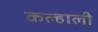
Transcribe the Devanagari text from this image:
कल्हाली